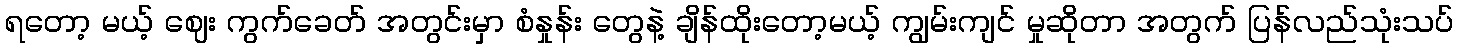
ရတော့ မယ့် ဈေး ကွက်ခေတ် အတွင်းမှာ စံနှုန်း တွေနဲ့ ချိန်ထိုးတော့မယ့် ကျွမ်းကျင် မှုဆိုတာ အတွက် ပြန်လည်သုံးသပ်